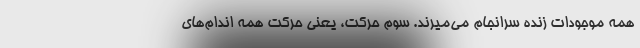
همه موجودات زنده سرانجام می‌میرند. سوم حرکت، یعنی حرکت همه اندام‌های